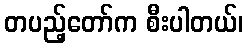
တပည့်တော်က စီးပါတယ်၊